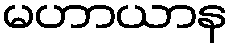
မဟာယာန